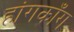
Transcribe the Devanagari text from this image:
हांगकाँग